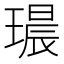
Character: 𮴭